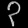
Digit: ၃